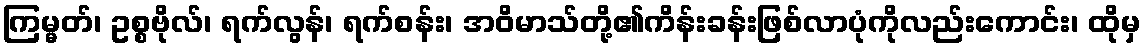
ကြမ္မတ်၊ ဥစ္စဗိုလ်၊ ရက်လွန်၊ ရက်စန်း၊ အဝိမာသ်တို့၏ကိန်းခန်းဖြစ်လာပုံကိုလည်းကောင်း၊ ထိုမှ